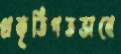
প্রকৃতিগতভাবে